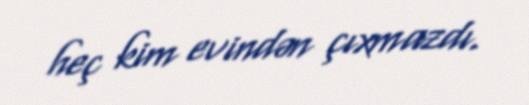
heç kim evindən çıxmazdı.